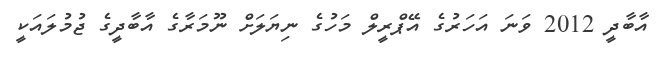
އާބާދީ 2012 ވަނަ އަހަރުގެ އޭޕްރީލް މަހުގެ ނިޔަލަށް ނޫމަރާގެ އާބާދީގެ ޖުމުލައަކީ